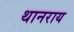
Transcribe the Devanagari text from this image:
थानराय